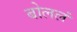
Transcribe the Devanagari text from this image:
बोललं